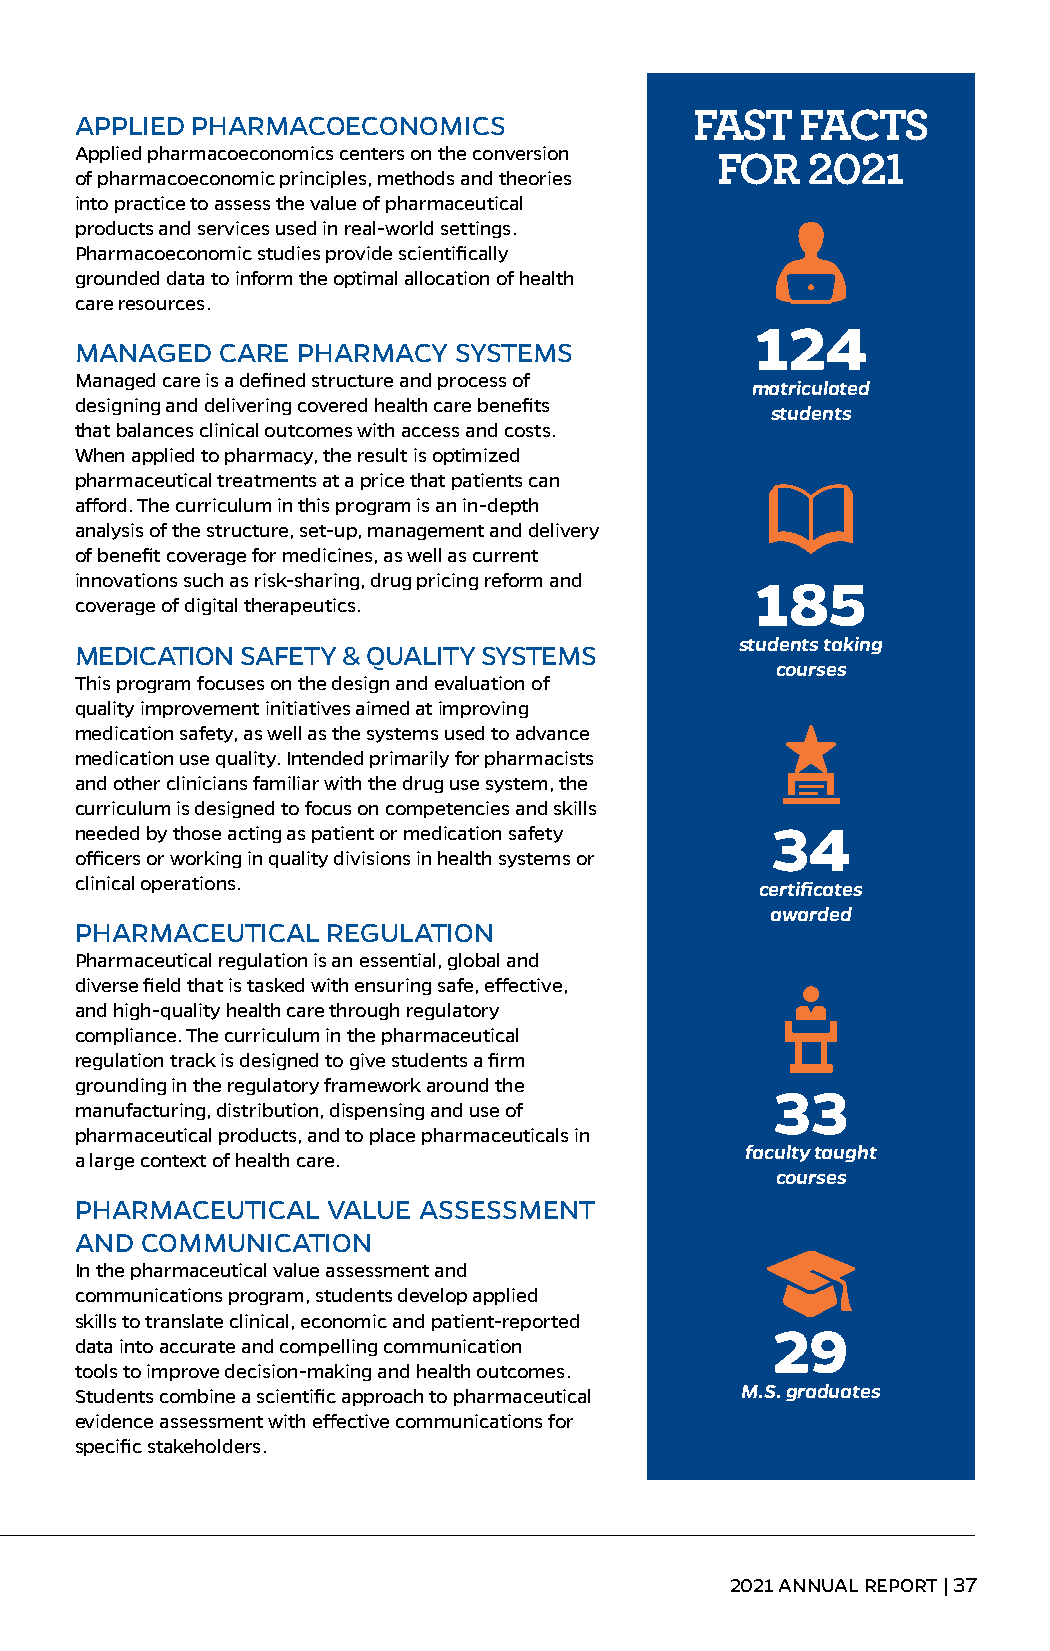
APPLIED PHARMACOECONOMICS                FAST   FACTS
 Applied pharmacoeconomics centers on the conversion
 FOR   2021
 of pharmacoeconomic principles, methods and theories
 into practice to assess the value of pharmaceutical
 products and services used in real-world settings.
 Pharmacoeconomic studies provide scientifically
 grounded data to inform the optimal allocation of health
 care resources.
 124
 MANAGED  CARE  PHARMACY  SYSTEMS
 Managed care is a defined structure and process of
 matriculated
 designing and delivering covered health care benefits
 students
 that balances clinical outcomes with access and costs.
 When applied to pharmacy, the result is optimized
 pharmaceutical treatments at a price that patients can
 afford. The curriculum in this program is an in-depth
 analysis of the structure, set-up, management and delivery
 of benefit coverage for medicines, as well as current
 innovations such as risk-sharing, drug pricing reform and 185
 coverage of digital therapeutics.
 students taking
 MEDICATION SAFETY & QUALITY SYSTEMS
 courses
 This program focuses on the design and evaluation of
 quality improvement initiatives aimed at improving
 medication safety, as well as the systems used to advance
 medication use quality. Intended primarily for pharmacists
 and other clinicians familiar with the drug use system, the
 curriculum is designed to focus on competencies and skills
 needed by those acting as patient or medication safety 34
 officers or working in quality divisions in health systems or
 clinical operations.                         certificates
 awarded
 PHARMACEUTICAL   REGULATION
 Pharmaceutical regulation is an essential, global and
 diverse field that is tasked with ensuring safe, effective,
 and high-quality health care through regulatory
 compliance. The curriculum in the pharmaceutical
 regulation track is designed to give students a firm
 grounding in the regulatory framework around the
 33
 manufacturing, distribution, dispensing and use of
 pharmaceutical products, and to place pharmaceuticals in
 faculty taught
 a large context of health care.
 courses
 PHARMACEUTICAL   VALUE ASSESSMENT
 AND COMMUNICATION
 In the pharmaceutical value assessment and
 communications program, students develop applied
 skills to translate clinical, economic and patient-reported
 29
 data into accurate and compelling communication
 tools to improve decision-making and health outcomes.
 Students combine a scientific approach to pharmaceutical M.S. graduates
 evidence assessment with effective communications for
 specific stakeholders.
 2021 ANNUAL REPORT | 37